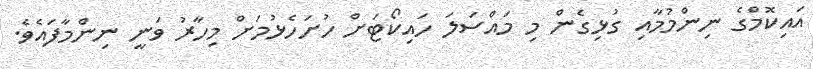
އައިކޮމްގެ ނިންމުމާއި ގުޅިގެން މި މައްސަލަ ހައިކޯޓަށް ހުށަހެޅުމަށް މިހާރު ވަނީ ނިންމާފައެވެ.